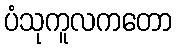
ပံသုကူလကတော